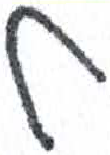
אות: ל